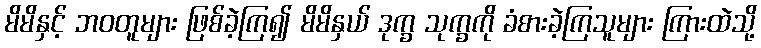
မိမိနှင့် ဘဝတူများ ဖြစ်ခဲ့ကြ၍ မိမိနှယ် ဒုက္ခ သုက္ခကို ခံစားခဲ့ကြသူများ ကြားထဲသို့